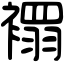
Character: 𧝁